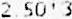
2.50*3